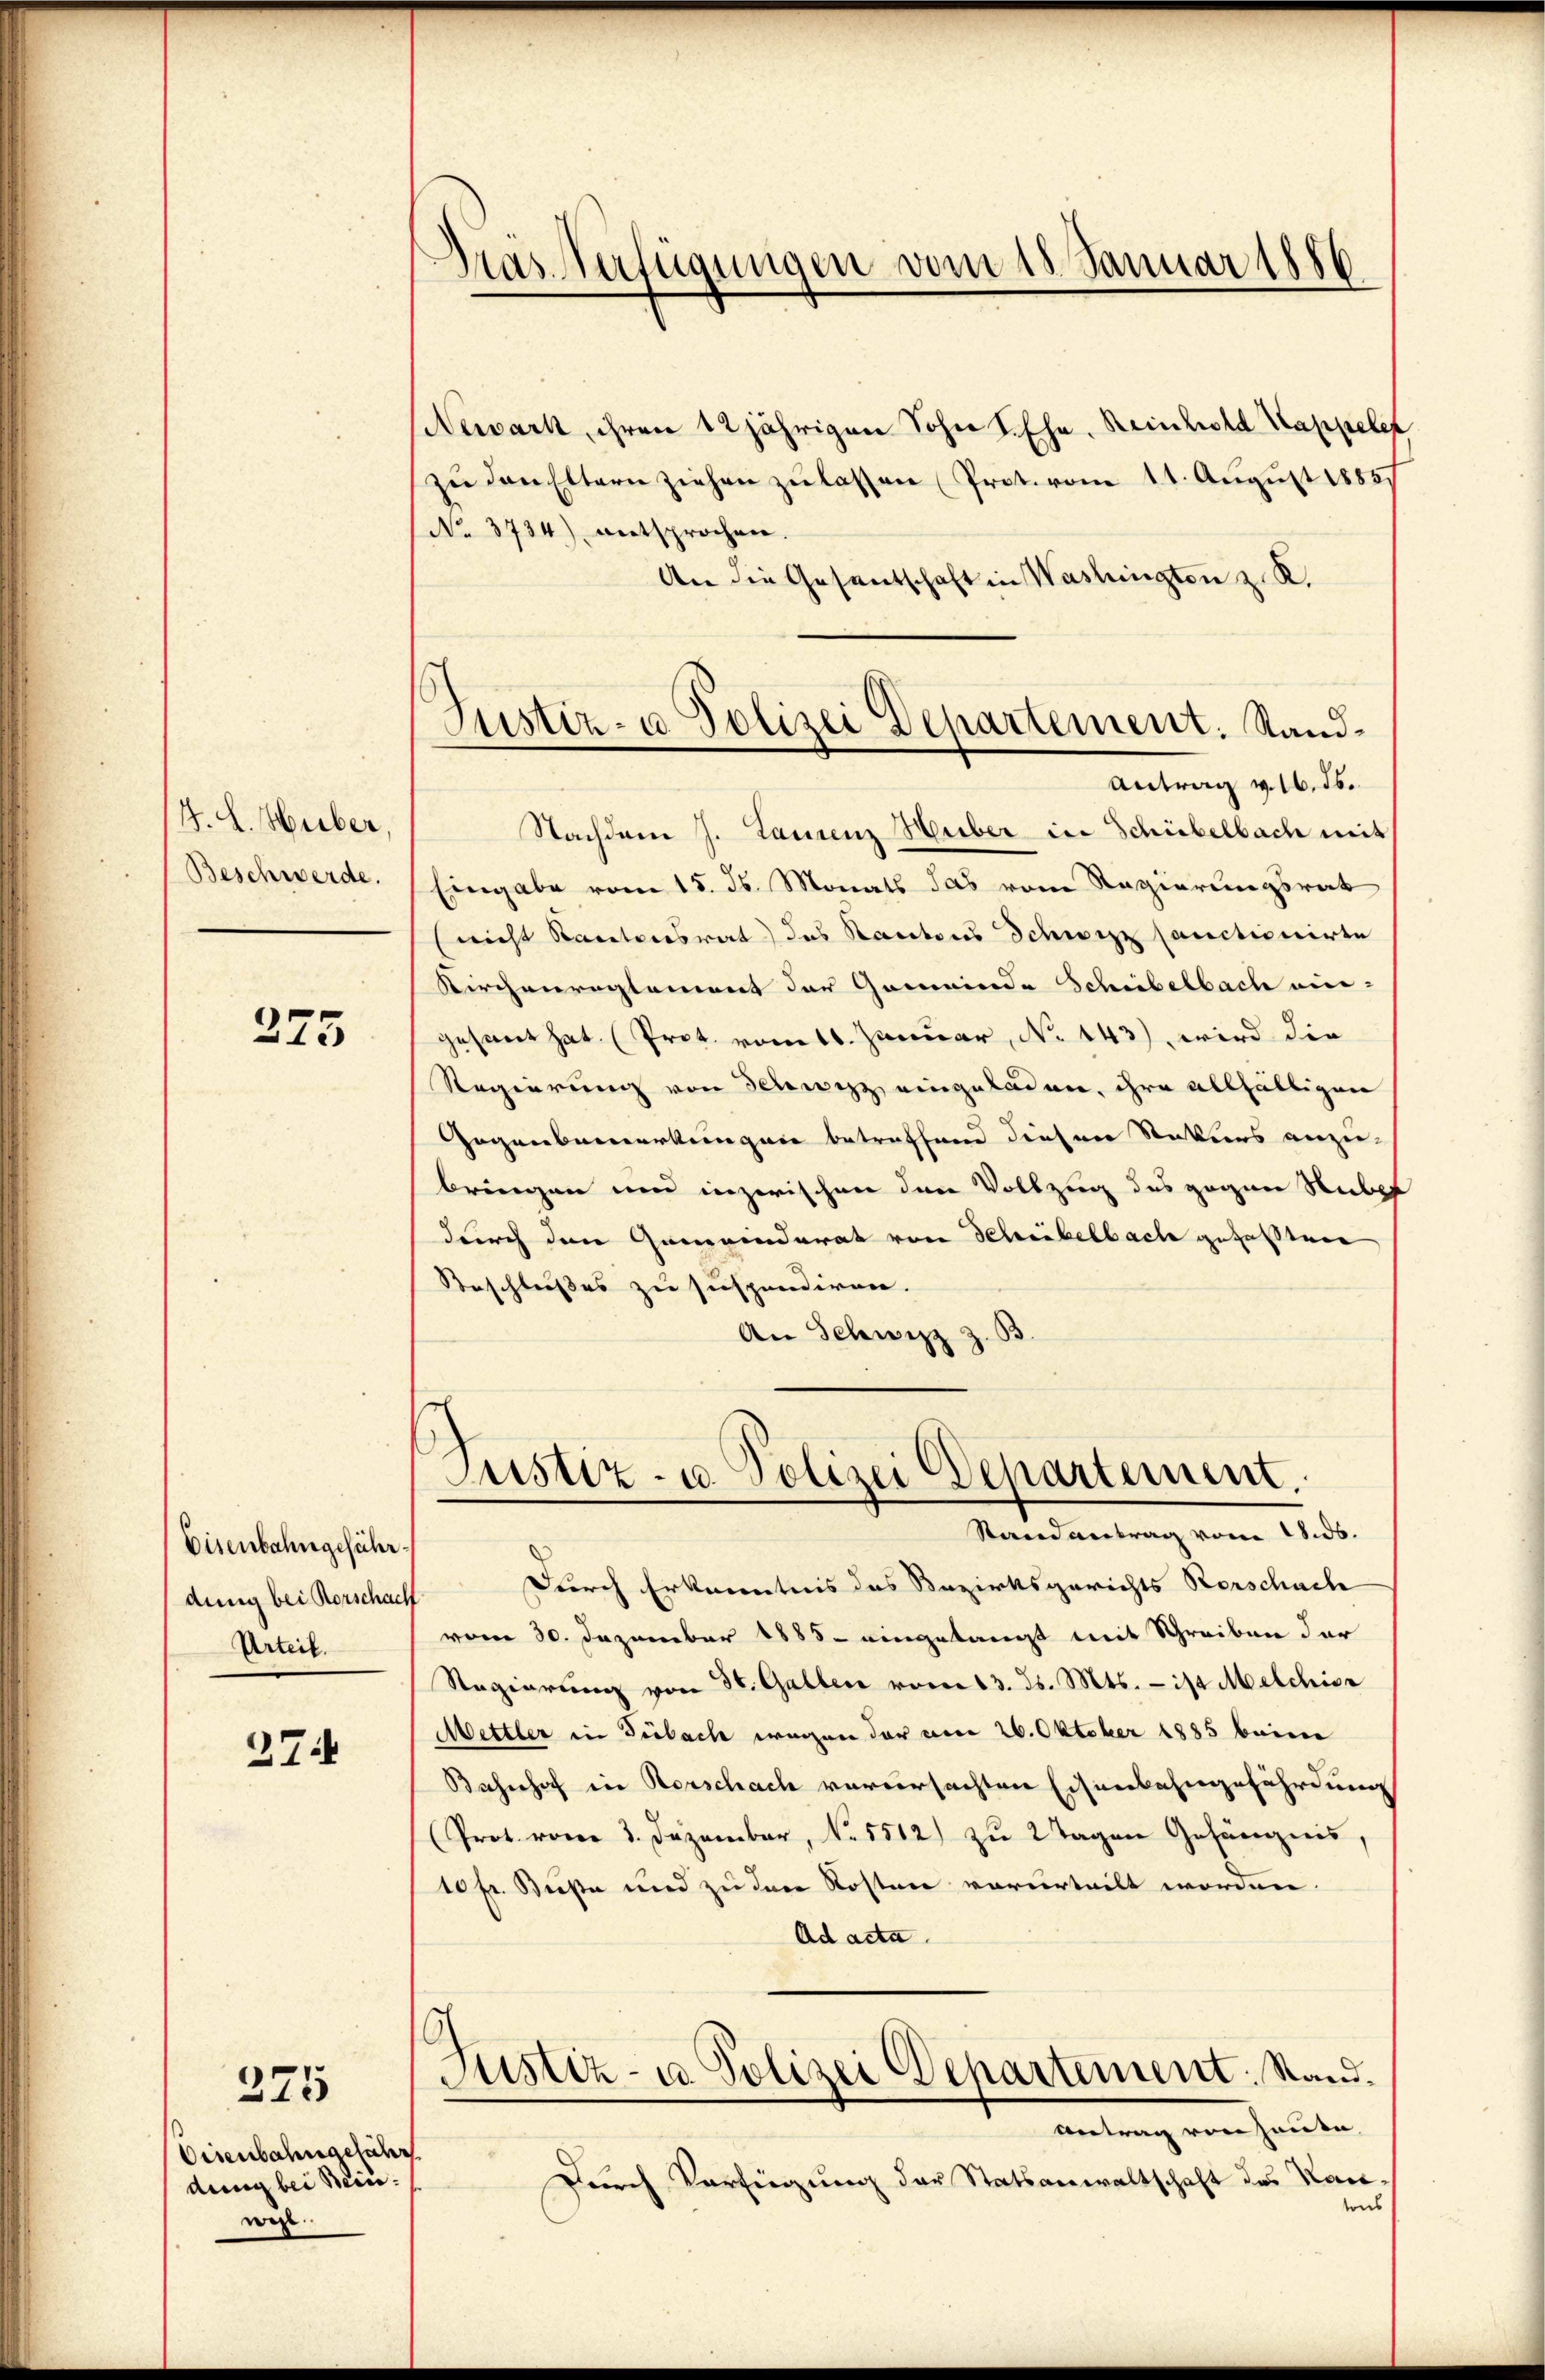
H. H. Huber,
Beschwerde.

273

Eisenbahngeführdung bei Rorschach
Urteil.

274

275

Eisenbahngeführ
dung bei Bein.
wis.

Gras Verfügungen vom 18. Januar 1886

Justiz- u Polizei Departement. Sand¬
Antrag v. 16. ds.

Newark, ihren 12 jährigen Sohn L. Ehe. Reinhold Kappelet
zŭ den Eltern ziehen zŭ lassen (Prot. vom 11. August 1885,
(No. 3734) entsprochen.
An die Gesandschaft in Washingten z. R.
Nachdem J. Laurenz Heiber in Schübelbach mit
Eingabe vom 15. ds. Monats das vom Regierungsrat
(nicht Stantonsrat des Kantons Schwyzz sanctionirte
Kirchenreglement der Gemeinde Schübelbach eingesant hat (Prot. vom 1. Januar, No 143), wird die
Regierung von Schwyz eingeladen, ihre allfältigen
Gegenbemerkungen betreffend diesen Statiers anzu-
bringen und inzwischen den Vollzug des gegen Stube
durch den Gemeinderat von Schribelbach gehaltene
Beschlußes zu suspendiren.
An Schwizz
Justiz- u. Polizei Departement.
Randantrag vom 18. ds.
Durch Erkenntnis das Bezirksgerichts Verschuch
vom 30. Dezember 1885 eingelangt mit Schreiben der
Regierŭng von St. Gallen vom 13. ds. Mts. - ist Melchior
Mettler in Turbach wegen der am 26. Oktober 1885 beim
Bahnhof in Vorschach verursachten Eisenbahngefährdung
(Prot. vom 3. Dezember, No. 5512) zŭ 2 Tagen Gefängnis,
10 fr. Buße und zu der Kosten verurteilt worden.
Ad acta
Justiz- u. Polizei Departement. Stand.
Antrag von Hause,
Durch Verfügung der Statsanwaltschaft des Hau
tons